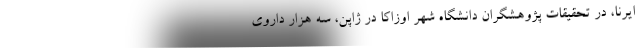
ایرنا، در تحقیقات پژوهشگران دانشگاه شهر اوزاکا در ژاپن، سه هزار داروی